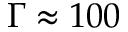
\Gamma \approx 1 0 0